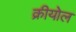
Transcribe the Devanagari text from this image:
क्रीयोल